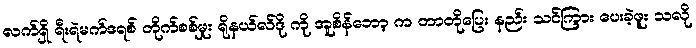
လက်ရှိ ရီးရဲမက်ဒရစ် တိုက်စစ်မှုး ရိုနယ်လ်ဒို ကို အူစိန်ဘော့ က တာတိုပြေး နည်း သင်ကြား ပေးခဲ့ဖူး သလို